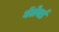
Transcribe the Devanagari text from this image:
बॅलेवर्ड